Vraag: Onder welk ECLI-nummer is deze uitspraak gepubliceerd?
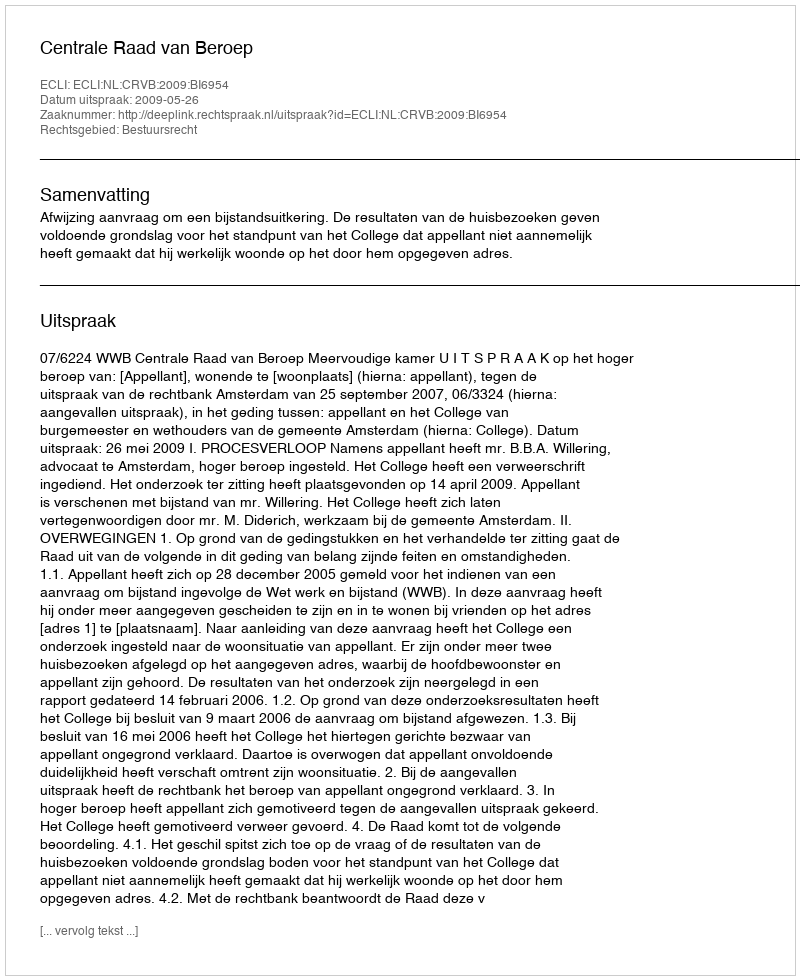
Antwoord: ECLI:NL:CRVB:2009:BI6954